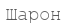
Шарон